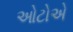
ઓટોએ